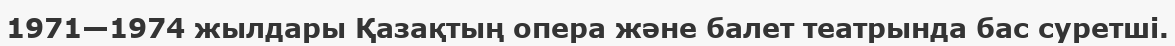
1971—1974 жылдары Қазақтың опера және балет театрында бас суретші.